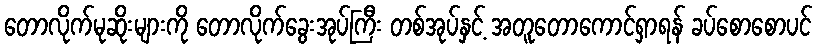
တောလိုက်မုဆိုးများကို တောလိုက်ခွေးအုပ်ကြီး တစ်အုပ်နှင့် အတူတောကောင်ရှာရန် ခပ်စောစောပင်